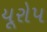
યૂરોપ